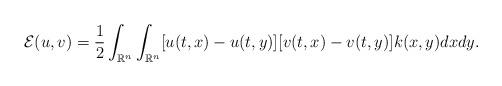
LaTeX: \begin{align*}\mathcal{E}(u,v) = \frac{1}{2}\int_{\mathbb{R}^{n}}\int_{\mathbb{R}^{n}}[u(t,x)-u(t,y)][v(t,x)-v(t,y)]k(x,y)dxdy.\end{align*}